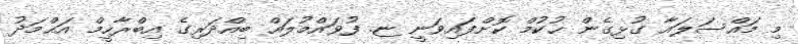
މި މައްސަލައާ ގުޅިގެން ޙުކުމް ކޮށްފައިވަނީ ޏ. ފުވައްމުލައް ބިއްދަރިގެ އިބްރާހީމް އަޙްމަދު